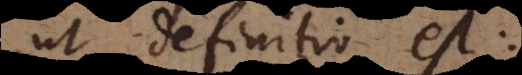
ut definitio est: